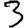
Digit: 3